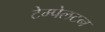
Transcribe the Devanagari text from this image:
टेम्पेलटन